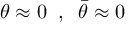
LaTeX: \theta \approx 0 \; \; , \; \; \bar { \theta } \approx 0